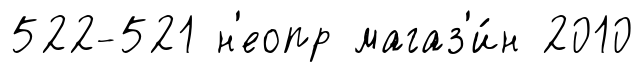
522-521 н'еопр магаз'и́н 2010